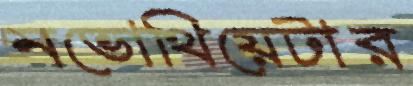
নভোথিয়েটার